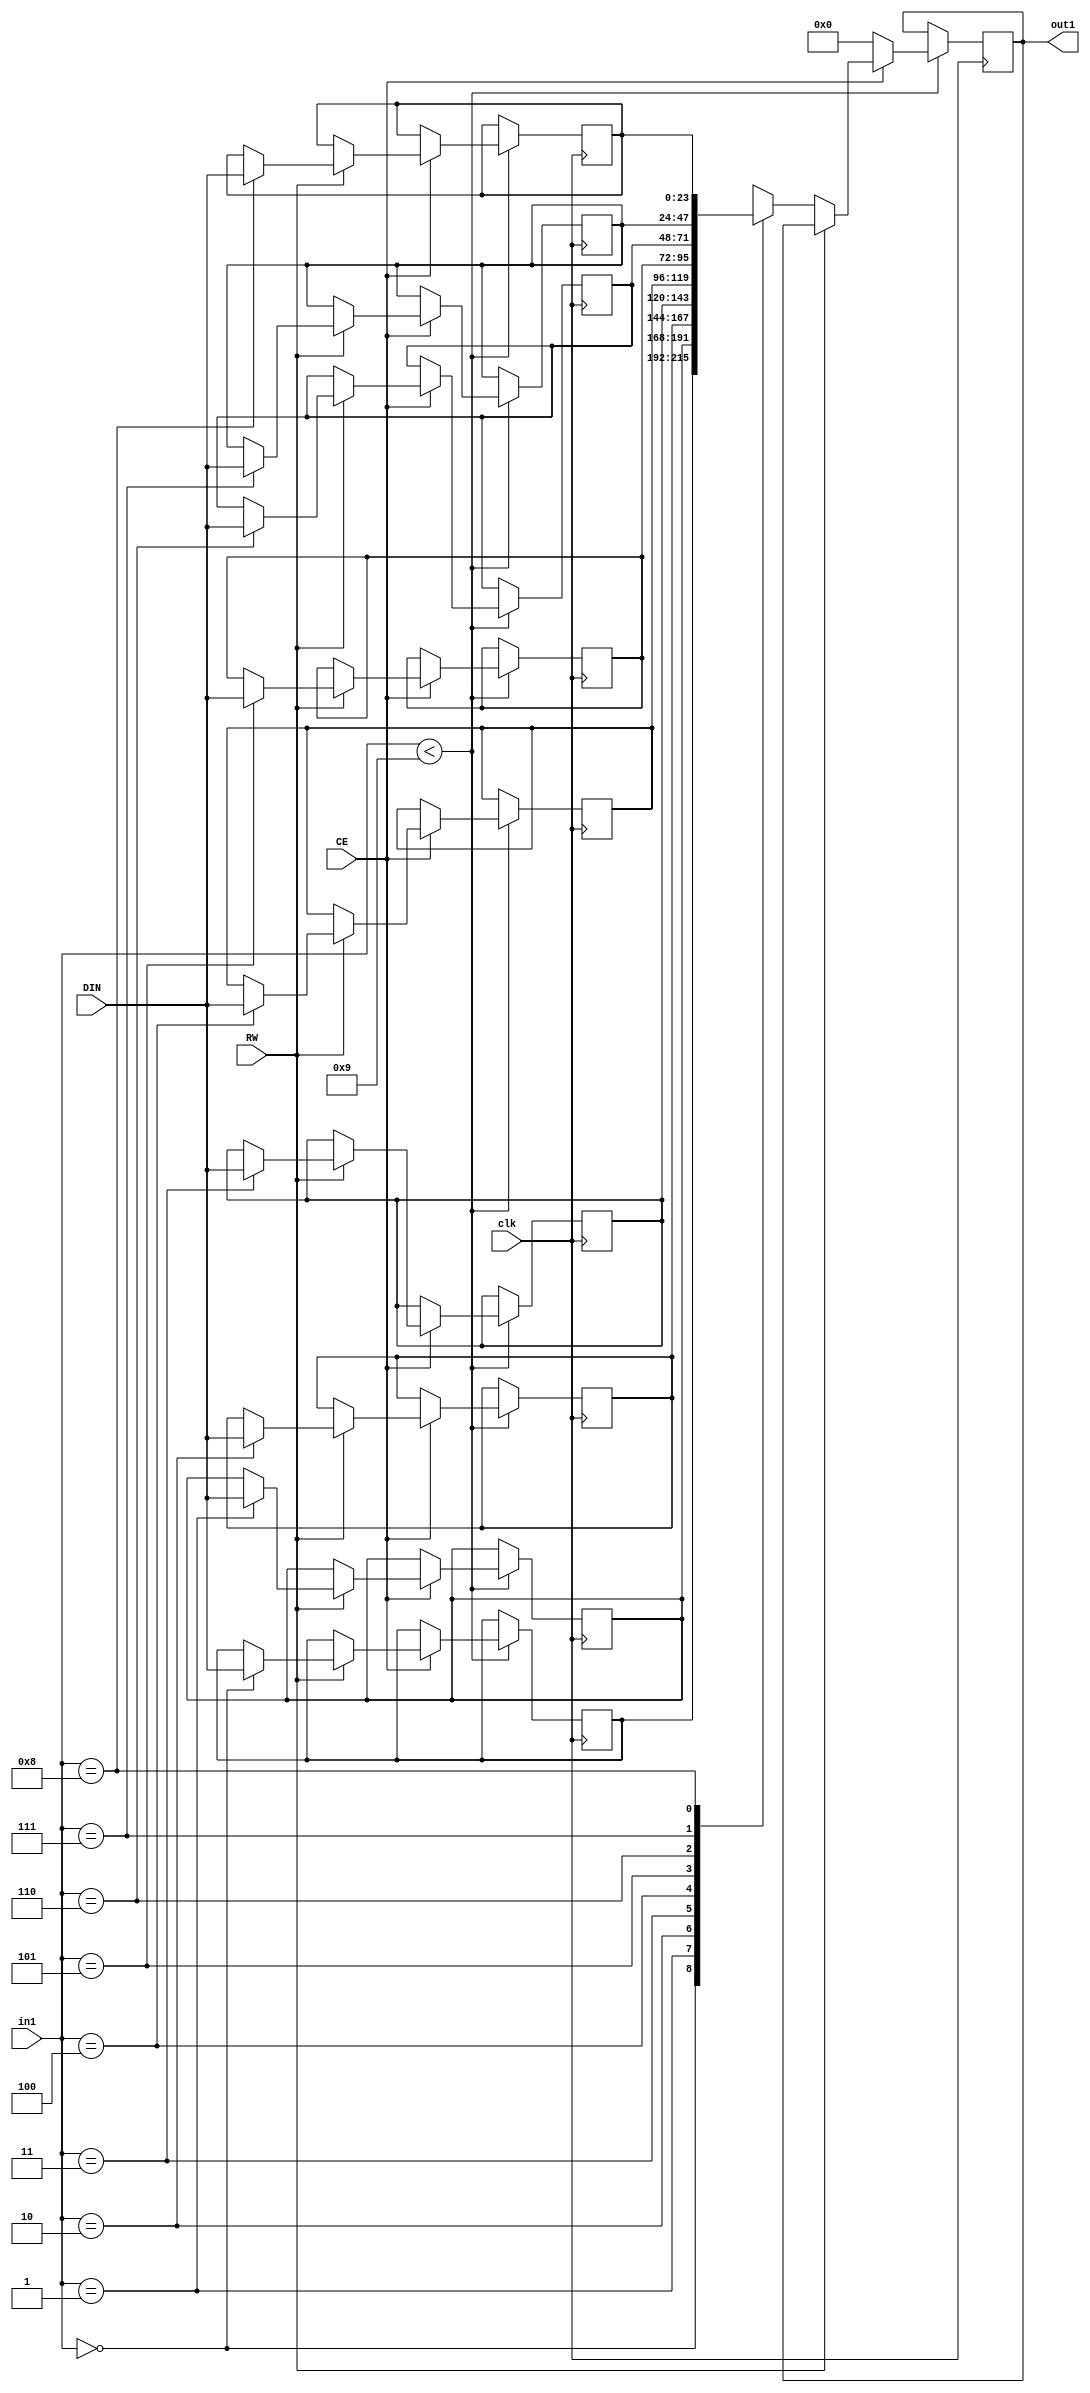
// Generated by stratus_hls 21.20-p100  (96289.240513)
// Fri May 26 12:39:30 2023
// from ../SobelFilter.cpp

`timescale 1ps / 1ps


module SobelFilter_RAM_9X24_1( DIN, CE, RW, in1, out1, clk );

    input [23:0] DIN;
    input CE;
    input RW;
    input [3:0] in1;
    input clk;
    output [23:0] out1;
    reg [23:0] out1;
    reg[23:0] mem[8:0];

    
always @(posedge clk)
      begin : SobelFilter_RAM_9X24_1_thread_1
        if (in1 < 4'd09) 
          begin
            if (CE) 
              begin
                if (RW) 
                  begin
                    mem[in1] = DIN;
                  end 
                else 
                  begin
                    out1 <= mem[in1];
                  end
              end 
            else 
              begin
                out1 <= 24'd00000000;
              end
          end 
      end

endmodule